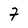
Character: 7